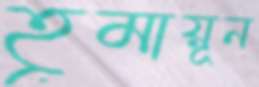
হূমায়ূন